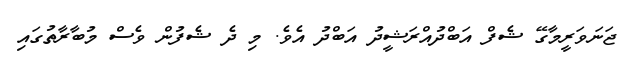
ޖަނަވަރީމާގޭ ޝެފް އަބްދުއްރަޝީދު އަބްދު އެވެ. މި ދެ ޝެފުން ވެސް މުބާރާތުގައި